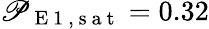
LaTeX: \mathscr{P}_{\mathrm{{~E~1~,~s~a~t~}}}=0.32